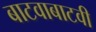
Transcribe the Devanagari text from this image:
बाटवाबाटवी